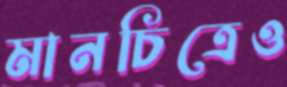
মানচিত্রেও